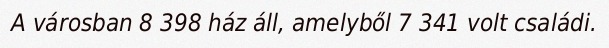
A városban 8 398 ház áll, amelyből 7 341 volt családi.